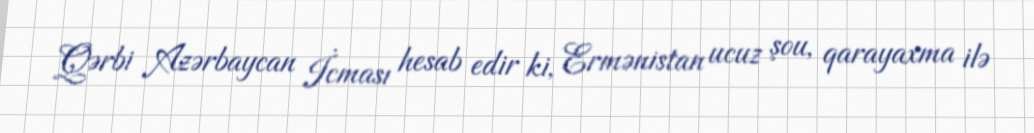
Qərbi Azərbaycan İcması hesab edir ki, Ermənistan ucuz şou, qarayaxma ilə